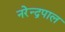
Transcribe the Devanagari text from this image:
नरेन्द्रपाल